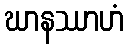
ဃာနဿာဟံ